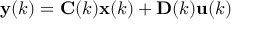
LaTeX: \mathbf { y } ( k ) = \mathbf { C } ( k ) \mathbf { x } ( k ) + \mathbf { D } ( k ) \mathbf { u } ( k )